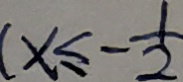
( x \leq - \frac { 1 } { 2 }